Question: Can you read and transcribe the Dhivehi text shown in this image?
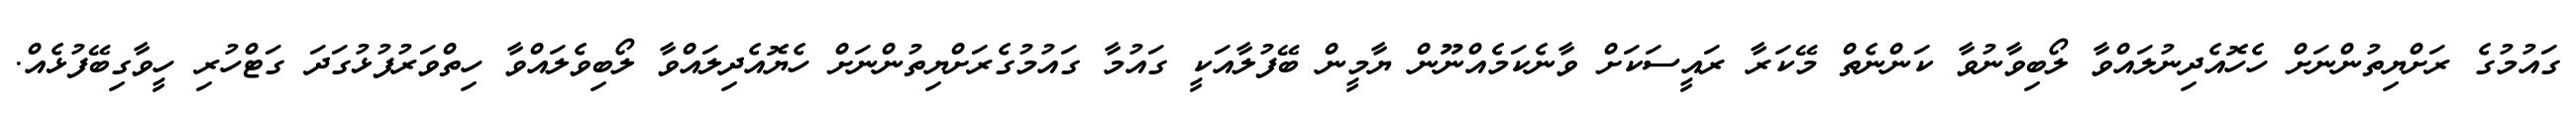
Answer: ގައުމުގެ ރަށްޔިތުންނަށް ހެހޮއެދިނުލައްވާ ލޯބިވާނުވާ ކަންނެތް މޭކަރާ ރައީސަކަށް ވާނެކަމެއްނޫން ޔާމީން ބޭފުލާއަކީ ގައުމާ ގައުމުގެރަށްޔިތުންނަށް ހެޔޮއެދިލައްވާ ލޯބިވެލައްވާ ހިތްވަރުފުޅުގަދަ ގަޓްހުރި ހީވާގިބޭފުޅެއް.